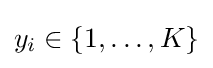
y_{i}\in \{1,\dots ,K\}